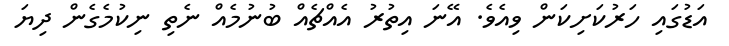
އަޑުގައި ހަރުކަށިކަން ވިއެވެ. އޭނަ އިތުރު އެއްޗެއް ބުނުމެއް ނެތި ނިކުމެގެން ދިޔަ